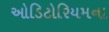
ઓડિટોરિયમના